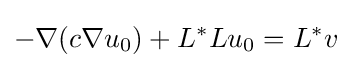
-\nabla (c\nabla u_{0})+L^{*}Lu_{0}=L^{*}v